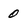
Character: 0